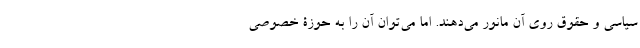
سیاسی و حقوق روی آن مانور می‌دهند. اما می‌توان آن را به حوزۀ خصوصی